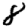
Digit: 8